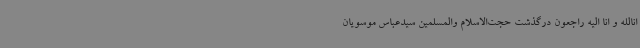
انالله و انا الیه راجعون درگذشت حجت‌الاسلام والمسلمین سیدعباس موسویان